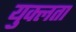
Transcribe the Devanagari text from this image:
युक्लता